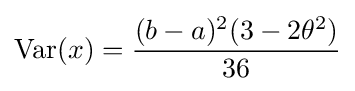
\operatorname {Var} (x)={\frac {(b-a)^{2}(3-2\theta ^{2})}{36}}